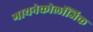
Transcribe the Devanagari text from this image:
गायनेकोलॉजिक